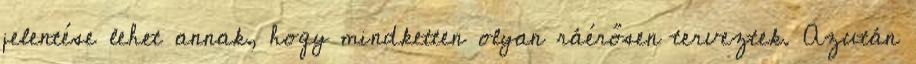
jelentése lehet annak, hogy mindketten olyan ráérősen terveztek. Azután